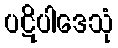
ပဋိပါဒေသုံ